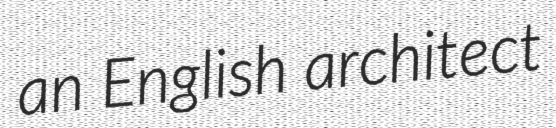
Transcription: an English architect